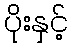
ပိုးနှင့်